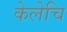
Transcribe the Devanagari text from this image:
केलेचि